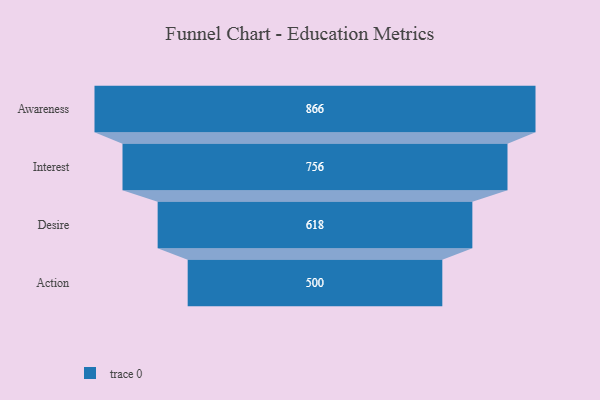
{"axis": {"x": "Stage", "y": "Value"}, "legend": [""], "data": [{"x": "Awareness", "y": 866.0, "type": ""}, {"x": "Interest", "y": 756.0, "type": ""}, {"x": "Desire", "y": 618.0, "type": ""}, {"x": "Action", "y": 500, "type": ""}]}